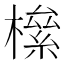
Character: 𣚎